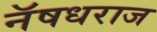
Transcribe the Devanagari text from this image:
नॅषधराज